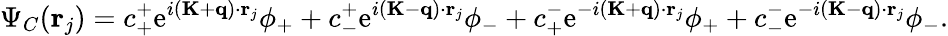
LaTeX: \Psi_{C}(\mathbf{r}_{j})=c_{+}^{+}\mathrm{e}^{i(\mathbf{K}+\mathbf{q})\cdot\mathbf{r}_{j}}\phi_{+}+c_{-}^{+}\mathrm{e}^{i(\mathbf{K}-\mathbf{q})\cdot\mathbf{r}_{j}}\phi_{-}+c_{+}^{-}\mathrm{e}^{-i(\mathbf{K}+\mathbf{q})\cdot\mathbf{r}_{j}}\phi_{+}+c_{-}^{-}\mathrm{e}^{-i(\mathbf{K}-\mathbf{q})\cdot\mathbf{r}_{j}}\phi_{-}.